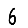
Digit: 6